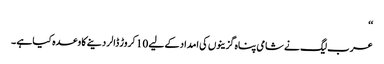
‘‘
عرب لیگ نے شامی پناہ گزینوں کی امداد کے لیے 10 کروڑ ڈالر دینے کا وعدہ کیا ہے ۔